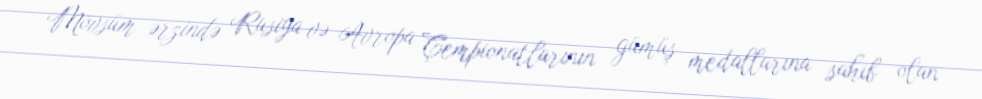
Mövsüm ərzində Rusiya və Avropa Çempionatlarının gümüş medallarına sahib olan